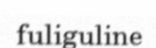
fuliguline